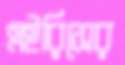
এইরিসের